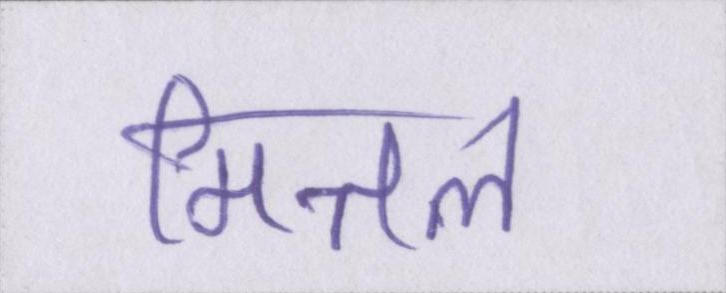
मित्तल